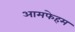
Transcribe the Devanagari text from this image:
आमफेहम